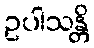
ဥပါသန္တိ